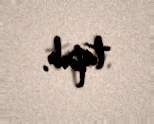
tapıb.